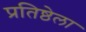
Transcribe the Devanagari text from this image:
प्रतिष्ठेला